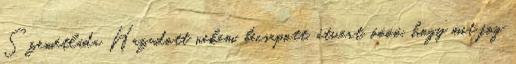
Szemétláda Hazudott nekem, becsapott, átvert, óóóó, hogy mit fog